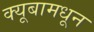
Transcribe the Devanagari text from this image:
क्यूबामधून